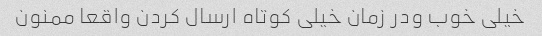
خیلی خوب ودر زمان خیلی کوتاه ارسال کردن واقعا ممنون